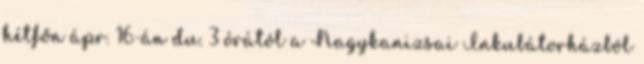
hétfőn ápr. 16-án du. 3 órától a Nagykanizsai Inkubátorházból